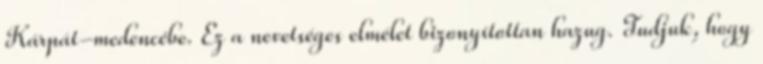
Kárpát-medencébe. Ez a nevetséges elmélet bizonyítottan hazug. Tudjuk, hogy